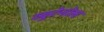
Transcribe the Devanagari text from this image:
व्युटेनोल